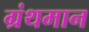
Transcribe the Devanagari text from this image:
ग्रंथमान